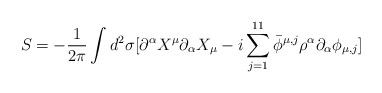
\begin{align*}S= -\frac{1}{2\pi}\int d^2\sigma[\partial^{\alpha}X^{\mu}\partial_{\alpha}X_{\mu}-i \sum^{11}_{j=1}\bar\phi^{\mu,j}\rho^{\alpha}\partial_{\alpha}\phi_{\mu,j}]\\\end{align*}